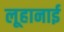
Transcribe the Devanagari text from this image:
लूहानाई